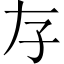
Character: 𡥂